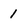
Character: 1